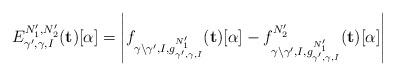
LaTeX: \begin{align*} E^{N_1', N_2'}_{\gamma', \gamma, I}(\mathbf{t})[\alpha] = \left|f_{\gamma \setminus \gamma', I, g^{N_1'}_{\gamma', \gamma, I}}(\mathbf{t})[\alpha] - f^{N_2'}_{\gamma \setminus \gamma', I, g^{N_1'}_{\gamma', \gamma, I}}(\mathbf{t})[\alpha]\right| \end{align*}